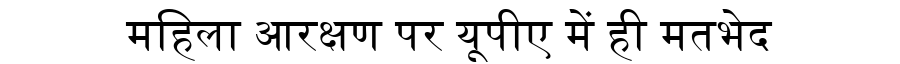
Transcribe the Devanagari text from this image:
महिला आरक्षण पर यूपीए में ही मतभेद